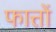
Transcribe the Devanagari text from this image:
फात्तों